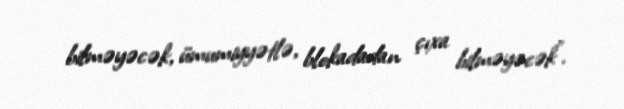
bilməyəcək, ümumiyyətlə, blokadadan çıxa bilməyəcək".